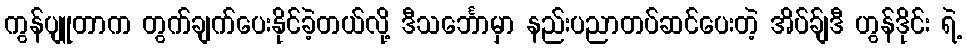
ကွန်ပျူတာက တွက်ချက်ပေးနိုင်ခဲ့တယ်လို့ ဒီသင်္ဘောမှာ နည်းပညာတပ်ဆင်ပေးတဲ့ အိပ်ခ်ျဒီ ဟွန်ဒိုင်း ရဲ့